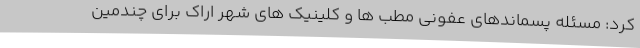
کرد: مسئله پسماندهای عفونی مطب ها و کلینیک های شهر اراک برای چندمین